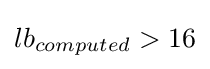
lb_{computed}>16